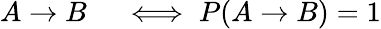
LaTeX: \begin{array}{rl}{A\to B}&{{}\iff P(A\to B)=1}\end{array}